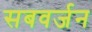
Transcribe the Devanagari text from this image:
सबवर्जन